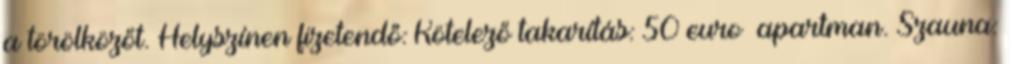
a törölközőt. Helyszínen fizetendő: Kötelező takarítás: 50 euro apartman. Szauna: